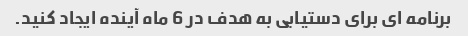
برنامه ای برای دستیابی به هدف در 6 ماه آینده ایجاد کنید.